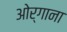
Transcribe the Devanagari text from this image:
ओर्गाना